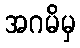
အဂမိမှ